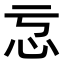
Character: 𭜋